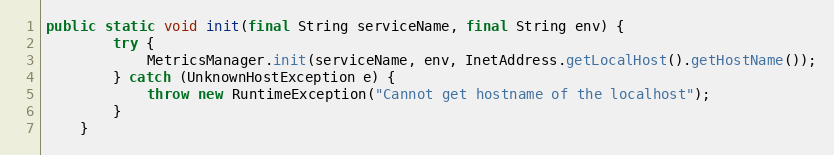
Language: Java
public static void init(final String serviceName, final String env) {
        try {
            MetricsManager.init(serviceName, env, InetAddress.getLocalHost().getHostName());
        } catch (UnknownHostException e) {
            throw new RuntimeException("Cannot get hostname of the localhost");
        }
    }